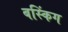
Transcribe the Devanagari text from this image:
बस्किंग